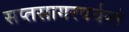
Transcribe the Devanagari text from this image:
सप्तसागरपर्यन्तं